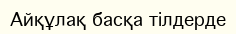
Айқұлақ басқа тілдерде